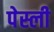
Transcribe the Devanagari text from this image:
पेस्ली